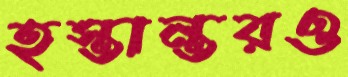
হস্তান্তরও